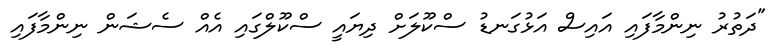
"ދަތުރު ނިންމާފައި އައިސް އަޅުގަނޑު ސްކޫލަށް ދިޔައީ ސްކޫލްގައި އެއް ސެޝަން ނިންމާފައި